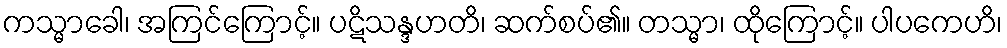
ကသ္မာခေါ၊ အကြင်ကြောင့်။ ပဋိသန္ဒဟတိ၊ ဆက်စပ်၏။ တသ္မာ၊ ထိုကြောင့်။ ပါပကေဟိ၊